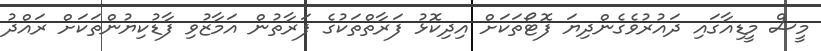
މީސް މީޑިއާގައި ދައުރުވެގެންދިޔަ ފޮޓޯތަކަށް އިދިކޮޅު ފަރާތްތަކުގެ ފަރާތުން އަމާޒުވި ފާޑުކިޔުންތަކަށް ރައްދު